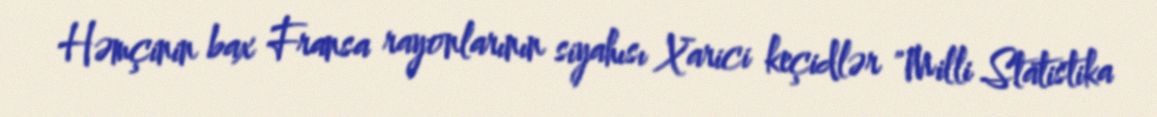
Həmçinin bax Fransa rayonlarının siyahısı Xarici keçidlər "Milli Statistika